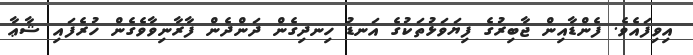
އިވިފައެވެ. ފެންޑާއިން ޖާބިރުގެ ފިޔަވަޅުތަކުގެ އަނޑު ހިނދިގެން ދަންދެން ފާރާނިވާވެގެން ހުރެފައި ޝާޢާ